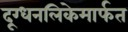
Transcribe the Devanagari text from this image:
दूग्धनलिकेमार्फत